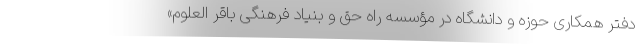
دفتر همکاری حوزه و دانشگاه در مؤسسه راه حق و بنیاد فرهنگی باقر العلوم»